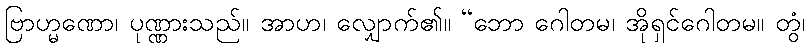
ဗြာဟ္မဏော၊ ပုဏ္ဏားသည်။ အာဟ၊ လျှောက်၏။ “ဘော ဂေါတမ၊ အိုရှင်ဂေါတမ။ တွံ၊